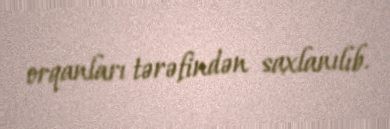
orqanları tərəfindən saxlanılıb.